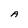
Character: A